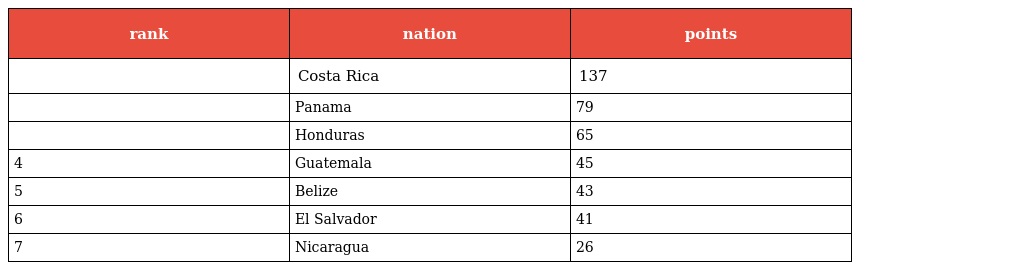
| rank | nation | points |
 | --- | --- | --- |
 |  | Costa Rica | 137 |
 |  | Panama | 79 |
 |  | Honduras | 65 |
 | 4 | Guatemala | 45 |
 | 5 | Belize | 43 |
 | 6 | El Salvador | 41 |
 | 7 | Nicaragua | 26 |